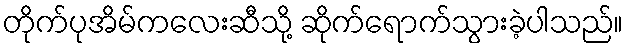
တိုက်ပုအိမ်ကလေးဆီသို့ ဆိုက်ရောက်သွားခဲ့ပါသည်။